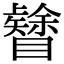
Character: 𥌟